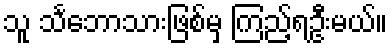
သူ သင်္ဘောသားဖြစ်မှ ကြည့်ရဦးမယ်။